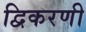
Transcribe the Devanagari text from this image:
द्विकरणी